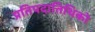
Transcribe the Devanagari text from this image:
प्रतिपदातिथिको